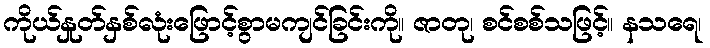
ကိုယ်နှုတ်နှစ်လုံးဖြောင့်စွာမကျင်ခြင်းကို။ ဇာတု၊ စင်စစ်သဖြင့်။ နသရေ၊